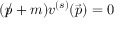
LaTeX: ( { p \! \! \! / } + m ) v ^ { ( s ) } ( { \vec { p } } ) = 0